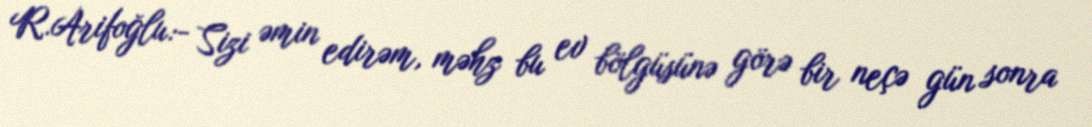
R.Arifoğlu:- Sizi əmin edirəm, məhz bu ev bölgüsünə görə bir neçə gün sonra